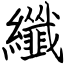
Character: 纖